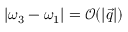
| \omega _ { 3 } - \omega _ { 1 } | = \mathcal { O } ( | \vec { q } | )